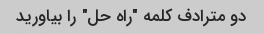
دو مترادف کلمه "راه حل" را بیاورید